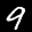
Label: 9